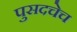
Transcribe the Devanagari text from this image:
पुसदचेच